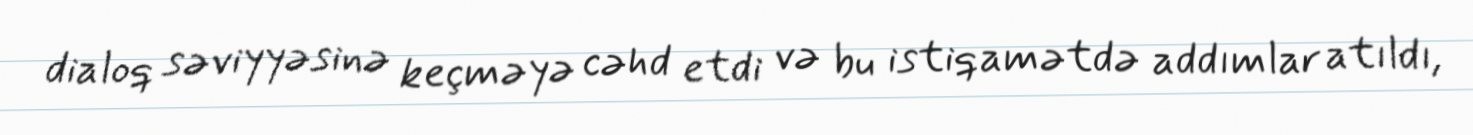
dialoq səviyyəsinə keçməyə cəhd etdi və bu istiqamətdə addımlar atıldı,